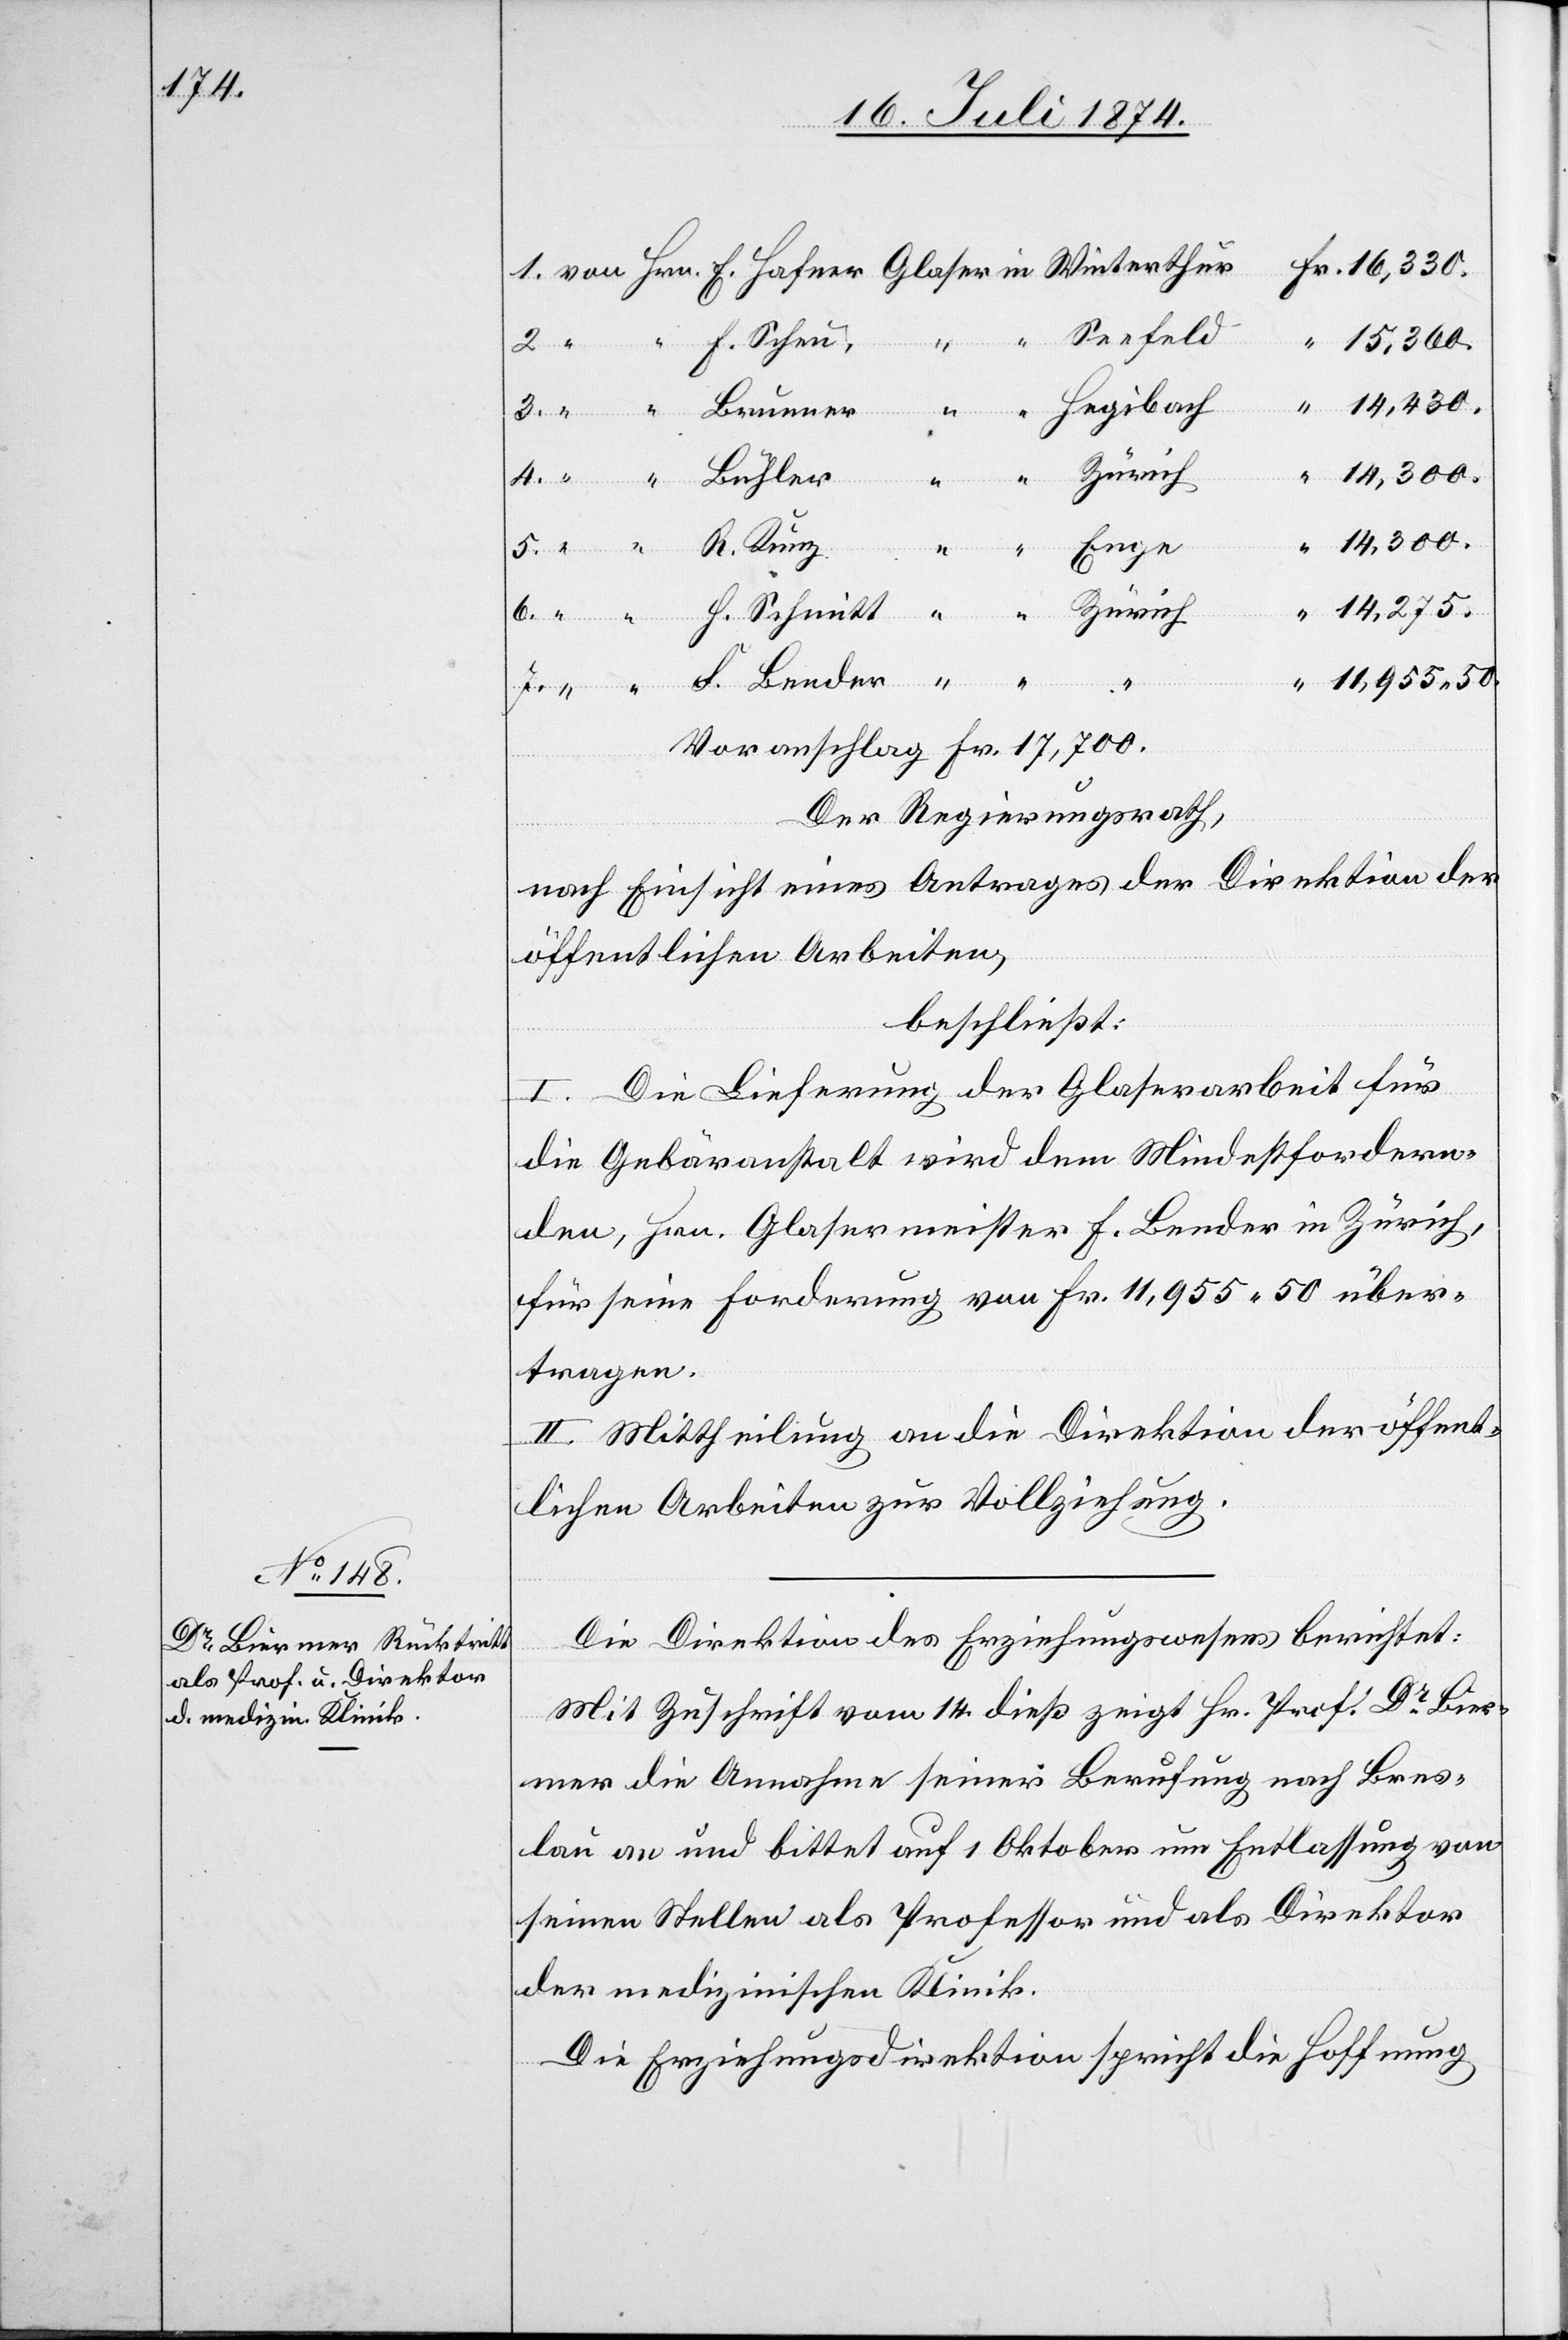
18. Juli 1874.]
F.
14,300.
14,430.
Enge
Bender
14,275.
H. Schmitt
Zürich
11,955.50
Voranschlag Fr. 17,700.
Der Regierungsrath,
nach Einsicht eines Antrages der Direktion der
öffentlichen Arbeiten,
beschließt:
I. Die Lieferung der Glaserarbeit für
die Gebäranstalt wird dem Mindestfordern¬
den, Hrn. Glasermeister F. Bender in Zürich,
für seine Forderung von Fr. 11,955.50 über¬
tragen.
II. Mittheilung an die Direktion der öffent¬
lichen Arbeiten zur Vollziehung.
Die Direktion des Erziehungswesens berichtet:
Mit Zuschrift vom 14. dieß zeigt Hr. Prof. Dr Bier¬
mer die Annahme seiner Berufung nach Bres¬
lau an und bittet auf 1 Oktober um Entlassung von
seinen Stellen als Professor und als Direktor
der medizinischen Klinik.
Die Erziehungsdirektion spricht die Hoffnung